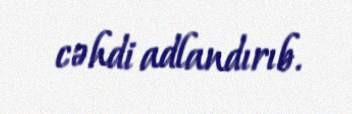
cəhdi adlandırıb.